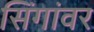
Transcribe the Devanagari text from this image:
सिंगांवर